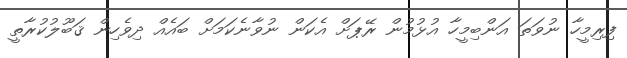
ފިރިމީހާ ނުވަތަ އަންބިމީހާ އުޅުމުން ރޭޕަށް އެކަން ނުވާނެކަމަށް ބައެއް ދިވެހިން ޤަބޫލުކުރާތީ